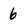
Character: 6